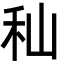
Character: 秈